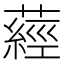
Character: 𦽁